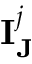
\mathbf { I } _ { \mathbf { J } } ^ { j }